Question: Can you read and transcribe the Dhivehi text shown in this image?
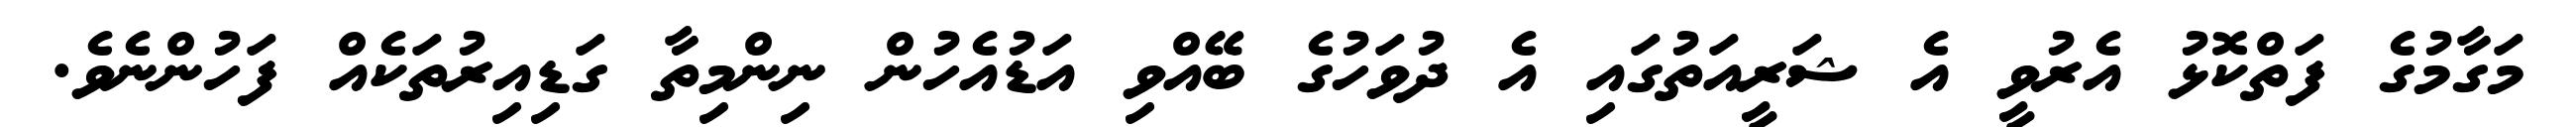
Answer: މަގާމުގެ ފަތްކޮޅު އެރުވީ އެ ޝަރީއަތުގައި އެ ދުވަހުގެ ބޭއްވި އަޑުއެހުން ނިންމިތާ ގަޑިއިރުތަކެއް ފަހުންނެވެ.